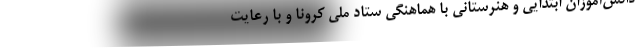
دانش‌آموزان ابتدایی و هنرستانی با هماهنگی ستاد ملی کرونا و با رعایت